Lunatic asylums in Bengal annual reports 1888-1898 - 1888-1898
Year: 1888
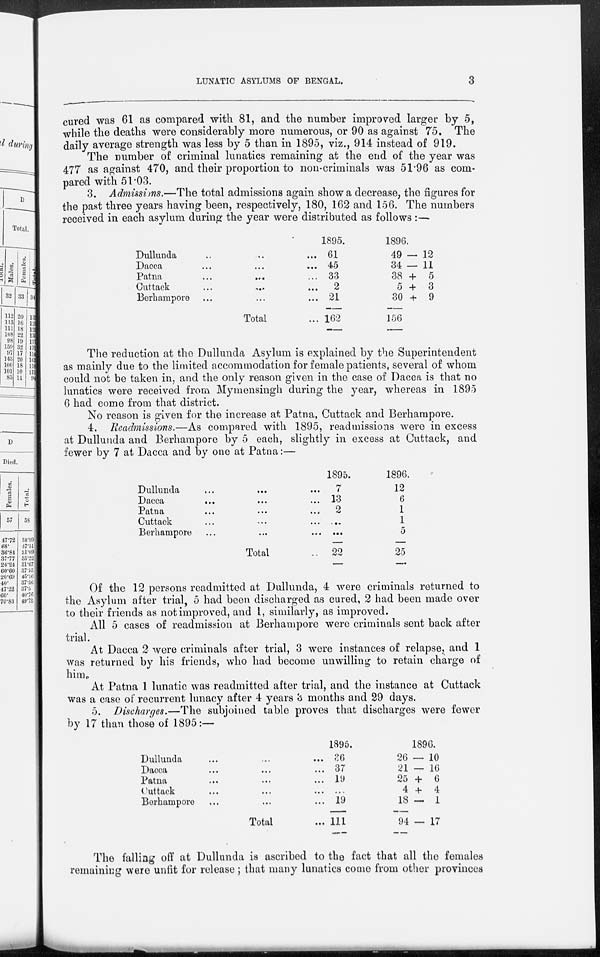
LUNATIC ASYLUMS OF BENGAL.
3
cured was 61 as compared with 81, and the number improved larger by 5,
while the deaths were considerably more numerous, or 90 as against 75. The
daily average strength was less by 5 than in 1895, viz., 914 instead of 919.
The number of criminal lunatics remaining at the end of the year was
477 as against 470, and their proportion to non-criminals was 51.96 as com-
pared with 51.03.
3. Admissions.—The total admissions again show a decrease, the figures for
the past three years having been, respectively, 180, 162 and 156. The numbers
received in each asylum during the year were distributed as follows :—
Dullunda ... ... ...
Dacca
...
...
...
Patna
...
...
...
Cuttack ... ... ...
Berhampore ... ... ...
Total ...
1895.
61
45
33
2
21
162
1896.
49 — 12
34 — 11
38 + 5
5 + 3
30 + 9
156
The reduction at the Dullunda Asylum is explained by the Superintendent
as mainly due to the limited accommodation for female patients, several of whom
could not be taken in, and the only reason given in the case of Dacca is that no
lunatics were received from Mymensingh during the year, whereas in 1895
6 had come from that district.
No reason is given for the increase at Patna, Cuttack and Berhampore.
4. Readmissions.—As compared with 1895, readmissions were in excess
at Dullunda and Berhampore by 5 each, slightly in excess at Cuttack, and
fewer by 7 at Dacca and by one at Patna:—
Dullunda ... ... ...
Dacca
...
... ...
Patna ... ... ...
Cuttack ... ... ...
Berhampore ... ... ...
Total ...
1895.
7
13
2
...
...
22
1896.
12
6
1
1
5
25
Of the 12 persons readmitted at Dullunda, 4 were criminals returned to
the Asylum after trial, 5 had been discharged as cured, 2 had been made over
to their friends as not improved, and 1, similarly, as improved.
All 5 cases of readmission at Berhampore were criminals sent back after
trial.
At Dacca 2 were criminals after trial, 3 were instances of relapse, and 1
was returned by his friends, who had become unwilling to retain charge of
him.
At Patna 1 lunatic was readmitted after trial, and the instance at Cuttack
was a case of recurrent lunacy after 4 years 3 months and 29 days.
5. Discharges.—The subjoined table proves that discharges were fewer
by 17 than those of 1895:—
Dullunda
...
...
...
Dacca ... ... ...
Patna ... ... ...
Cuttack ... ... ...
Berhampore ... ... ...
Total ...
1895.
36
37
19
...
19
111
1896.
26 — 10
21 — 16
25 + 6
4 + 4
18 — 1
94 — 17
The falling off at Dullunda is ascribed to the fact that all the females
remaining were unfit for release ; that many lunatics come from other provinces